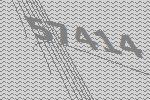
57414